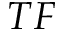
T F